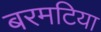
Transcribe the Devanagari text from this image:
बरमटिया